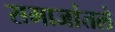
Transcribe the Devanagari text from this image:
समाजांतले